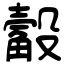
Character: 觳